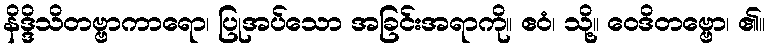
နိဒ္ဒိသိတဗ္ဗာကာရော၊ ပြုအပ်သော အခြင်းအရာကို။ ဧဝံ၊ သို့။ ဝေဒိတဗ္ဗော၊ ၏။